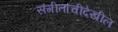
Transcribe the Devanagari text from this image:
संगीताचीदेखील